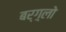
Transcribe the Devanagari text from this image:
बर्ग़्लो